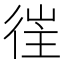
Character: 𢔎